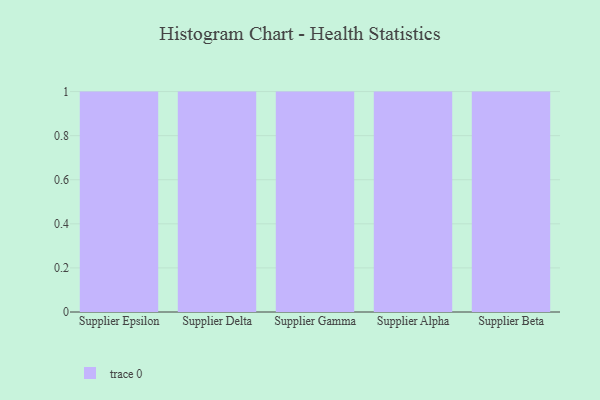
{"axis": {"x": "Supplier", "y": "Page Views"}, "legend": [""], "data": [{"x": "Supplier Epsilon", "y": 82, "type": ""}, {"x": "Supplier Delta", "y": 94, "type": ""}, {"x": "Supplier Gamma", "y": 7, "type": ""}, {"x": "Supplier Alpha", "y": 88, "type": ""}, {"x": "Supplier Beta", "y": 38, "type": ""}]}